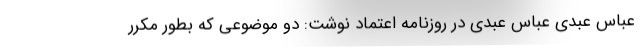
عباس عبدی عباس عبدی در روزنامه اعتماد نوشت: دو موضوعی که بطور مکرر